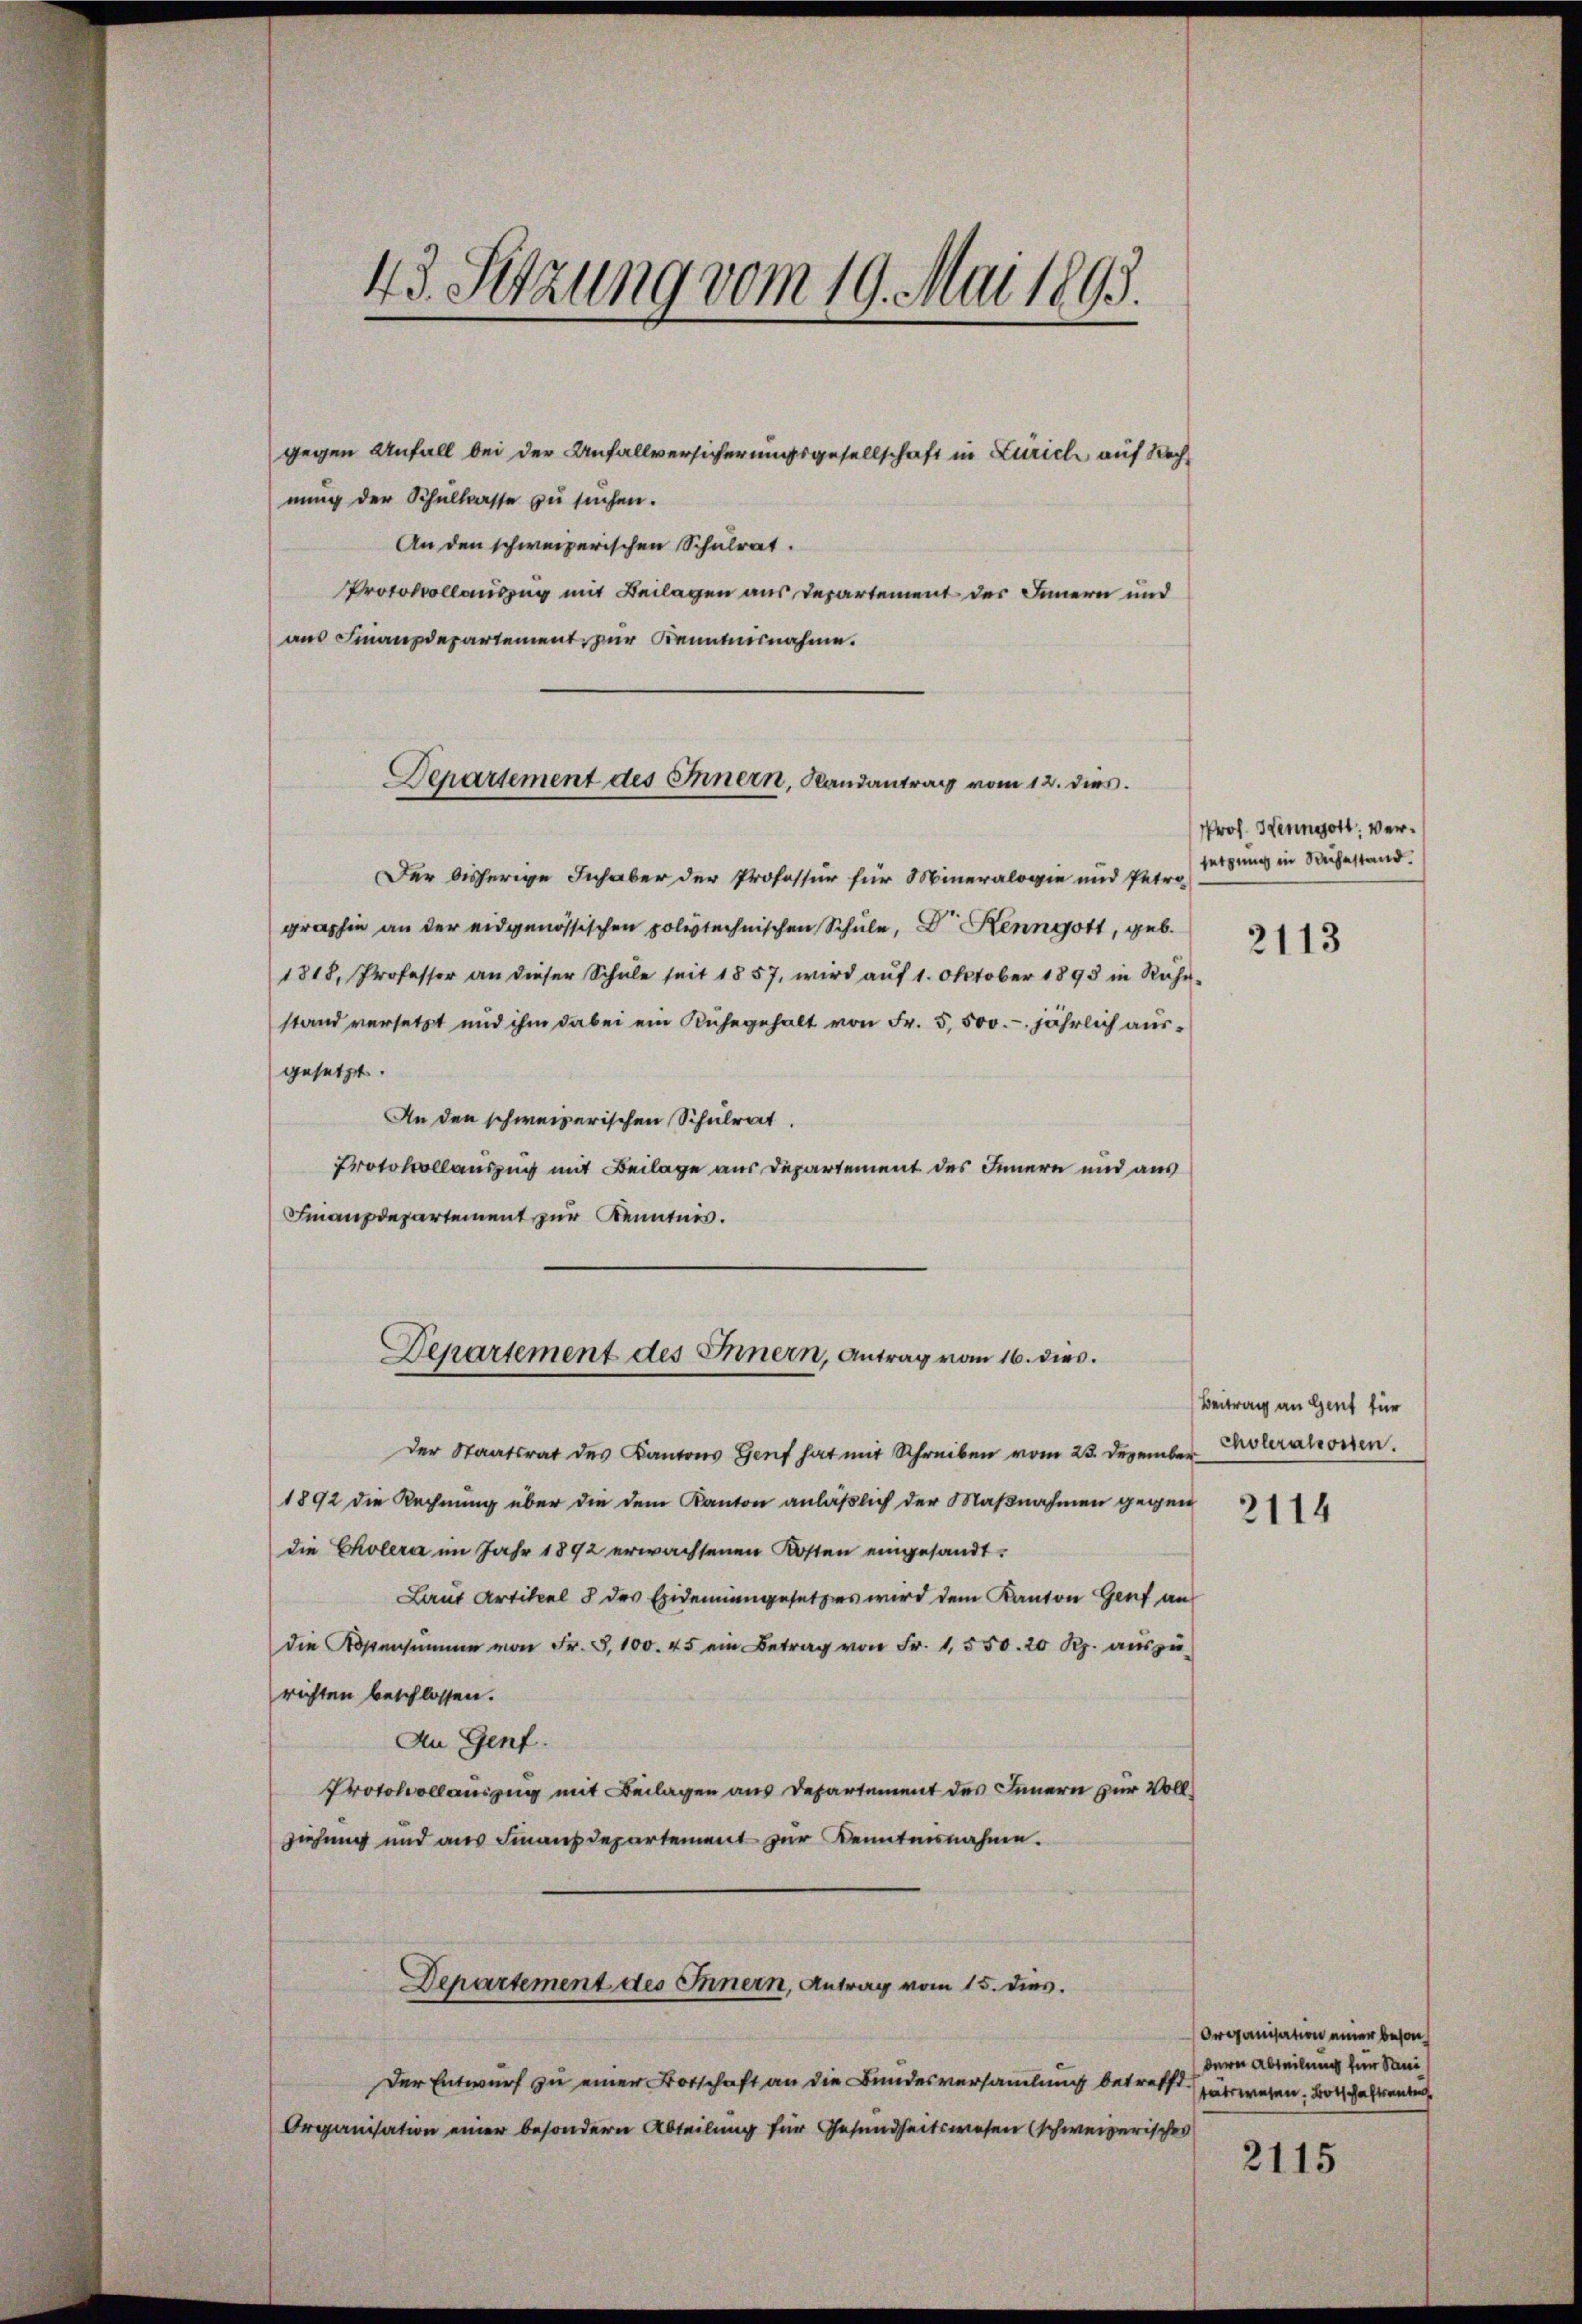
43. Setzung vom 19. Mai 1893.

gegen Anfall bei der Anfallversicherungsgesellschaft in Zürich auf Rechnung der Schulkasse zu suchen.
An den schweizerischen Schulrat.
Protokollauszug mit Beilagen aus Departement des Innern und
aus Finanzdepartement zur Kenntnisnahme.

Departement des Innern, Randantrag vom 12. dies

Der bisherige Inhaber der Professur für Mineralogie und Petro
graphie an der eidgenössischen polytechnischen Schule, Dr. Kenngott, geb.
1818, Professor an dieser Schŭle seit 1857, wird aŭf 1. Oktober 1893 in Rühr-
stand versetzt und ihm dabei ein Kuhegehalt von Fr. 5. 500.-. jährlich ausgesetzt.
An den schweizerischen Schulrat.
Protokollauszug mit Beilage aus Departement des Innern und aus
Finanzdepartement zur Kenntnis.

Der Staatsrat des Kantons Genf hat mit Schreiben vom 23. Dezember
1892 die Rechnung über die dem Kanton anläßlich der Maßnahmen gegen
die Cholera im Jahr 1892 erwachsenen Kosten eingesandt.
Laut Artikel 8 des Eidemangesetzes wird dem Kanton Genf an
die Kostensumme von Fr. 3100. 45 ein Betrag von Fr. 1,550. 20 Rp. aŭszŭ-
richten beschlossen.
An Genf.
Protocollauszug mit Beilagen aus Departement des Innern zur Vollziehung und aus Finanzdepartement zur Kenntnisnahme.
Departement des Innern, Antrag vom 15. dies.
Der Entwurf zu einer Botschaft an die Bundesversammlung betrefft
Organisation einer besondern Abteilung für Gesundheitswesen (schweizerisches

Departement des Innern, Antrag vom 16. dies.

Prof. Henngott, versetzung in Ruhestand.

2113

Beitrag an Gent für
Cholerakosten.

2114

Organisation einer besondere Abteilung für Seni
tatswesen. Botschaftsanter

2115